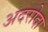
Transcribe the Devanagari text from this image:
अदरोदा